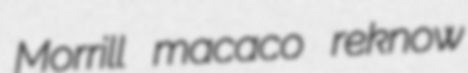
Morrill macaco reknow